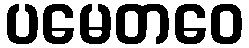
ပမေတဝေ